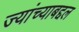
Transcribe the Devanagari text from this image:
ज्यांच्याबद्दल